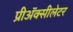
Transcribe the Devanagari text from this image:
प्रीअॅक्सीलेटर